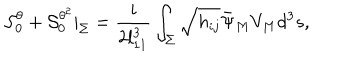
LaTeX: { \cal S } _ { 0 } ^ { \theta } + { \cal S } _ { 0 } ^ { \theta ^ { 2 } } | _ { \Sigma } = { \frac { i } { 2 l _ { 1 1 } ^ { 3 } } } \int _ { \Sigma } \sqrt { h _ { i j } } { \bar { \Psi } } _ { M } V _ { M } d ^ { 3 } s ,